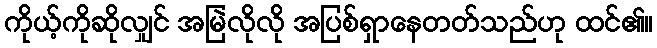
ကိုယ့်ကိုဆိုလျှင် အမြဲလိုလို အပြစ်ရှာနေတတ်သည်ဟု ထင်၏။